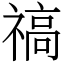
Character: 禞